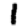
Digit: 1